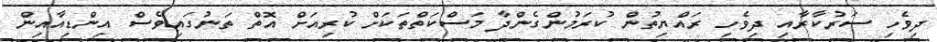
ދިވެހި ސަރުކާރާއި ދިވެހި ރައްޔިތުން ކުރަމުންގެންދާ މަސްކަތްތަކަށް ކުރިއަށް އޮތް ތަނުގައިވެސް އިންޑިއާއިން